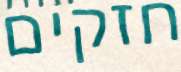
חזקים